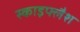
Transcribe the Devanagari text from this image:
स्काइफ्लैश